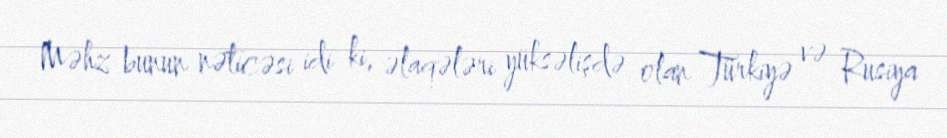
Məhz bunun nəticəsi idi ki, əlaqələri yüksəlişdə olan Türkiyə və Rusiya